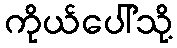
ကိုယ်ပေါ်သို့